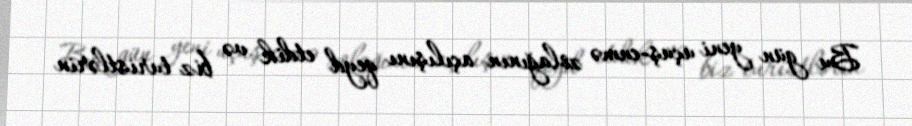
Bu gün yeni uçuş-enmə zolağının açılışını qeyd etdik və biz turistlərin